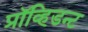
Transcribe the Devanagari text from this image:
प्रॉव्हिडन्ट